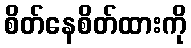
စိတ်နေစိတ်ထားကို